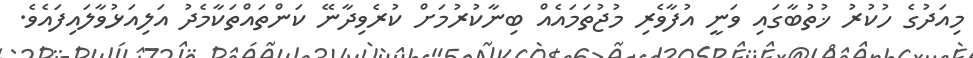
މިއަދުގެ ހުކުރު ޚުތުބާގައި ވަނީ އުފާވެރި މުޖުތަމައެއް ބިނާކުރުމަށް ކުރެވިދާނޭ ކަންތައްތަކާމެދު އަލިއަޅުވާލައިފައެވެ.